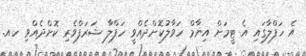
އެ ހަފްލާގައި އެ ޓީމަށް އިނާމް ހަވާލުކޮށްދެއްވީ ހަފްލާ ޝަރަފްވެރި ކޮށްދެއްވި ހއ.